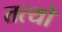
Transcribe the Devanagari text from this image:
तत्यो